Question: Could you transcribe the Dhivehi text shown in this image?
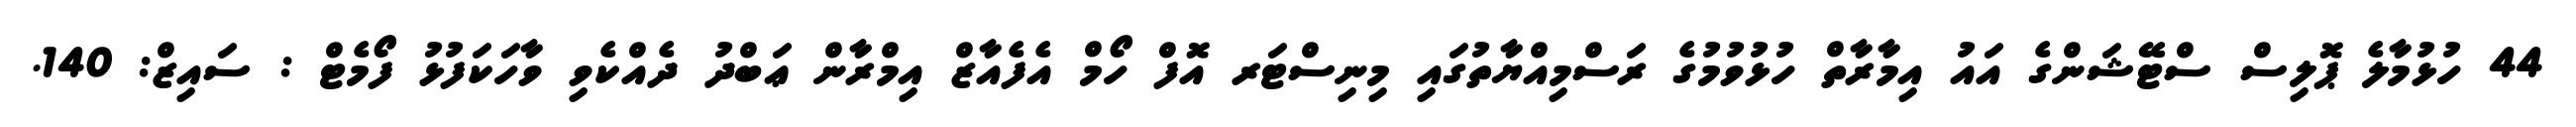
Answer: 44 ހުޅުމާލެ ޕޮލިސް ސްޓޭޝަންގެ އައު އިމާރާތް ހުޅުވުމުގެ ރަސްމިއްޔާތުގައި މިނިސްޓަރ އޮފް ހޯމް އެފެއާޒް އިމްރާން ޢަބްދު ދެއްކެވި ވާހަކަފުޅު ފޯމެޓް : ސައިޒް: 140.